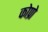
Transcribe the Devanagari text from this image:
कोप्रो